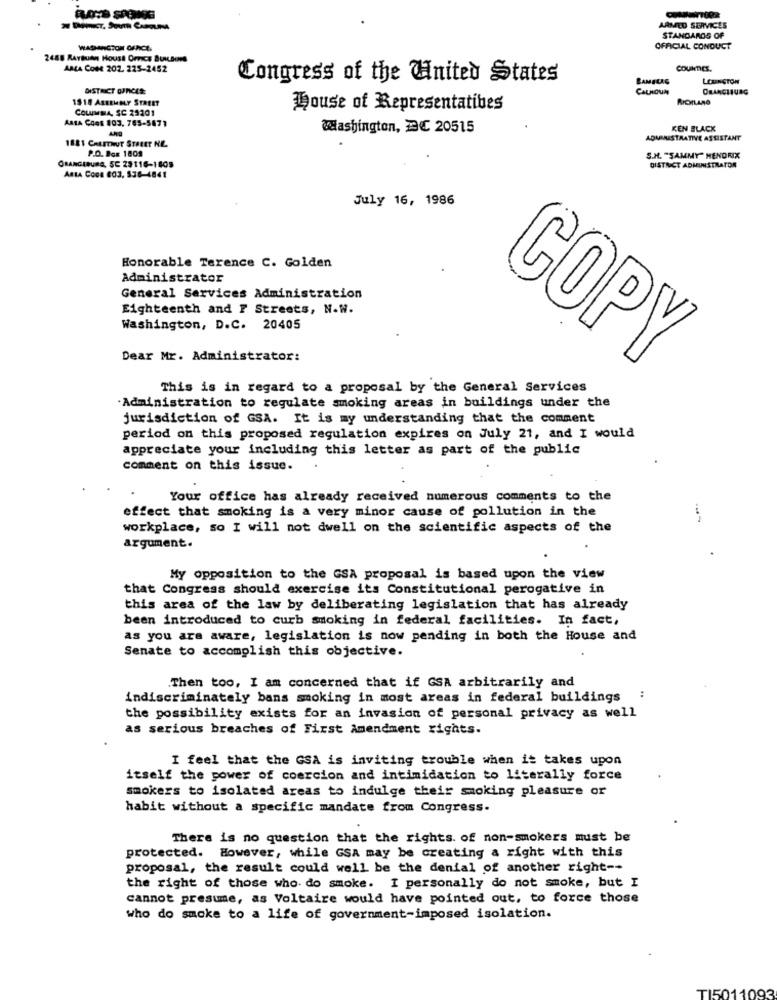
ARMED SERVICES
STANDARDS OF
WASHINGTON OFFICE,
OFFICIAL CONDUCT
2488 RAYBURN HOUSE OFFICE BUILDING
AMA CON 202. 225-2452
COUNTIES.
Congress of the United States
LEXINGTON
DISTRICT OUNCES:
CALHOUN
ORANGLIURG
1518 ASSEMBLY STREET
RICHLAND
COLUMBIA, SC 23201
House of Representatives
ARTA COGS 103, 765-5877
Washington, DC 20515
KEN BLACK
ADMINISTRATIVE ASSISTANT
1881 CAssur STREET NE
P.O. Box 1809
S.H. "SAMMY" HENDRIX
ORANGEBURA, SC 23116-1805
DISTRICT ADMINISTRATOR
ARLA COCA 803, 536-4841
July 16, 1986
Honorable Terence C. Golden
Administrator
General Services Administration
Eighteenth and I Streets, N.W.
Washington, D.C. 20405
Dear Mr. Administrator:
COPY
This is in regard to a proposal by the General Services
Administration to regulate smoking areas in buildings under the
jurisdiction of GSA. It is my understanding that the comment
period on this proposed regulation expires on July 21, and I would
appreciate your including this letter as part of the public
comment on this issue.
Your office has already received numerous comments to the
effect that smoking is a very minor cause of pollution in the
workplace, so I will not dwell on the scientific aspects of the
argument.
My opposition to the GSA proposal is based upon the view
that Congress should exercise its Constitutional perogative in
this area of the law by deliberating legislation that has already
been introduced to curb smoking in federal facilities. In fact,
as you are aware, legislation is now pending in both the House and
Senate to accomplish this objective.
.Then too, I am concerned that if GSA arbitrarily and
:
indiscriminately bans smoking in most areas in federal buildings
the possibility exists for an invasion of personal privacy as well
as serious breaches of First Amendment rights.
I feel that the GSA is inviting trouble when it takes upon
itself the power of coercion and intimidation to literally force
smokers to isolated areas to indulge their smoking pleasure or
habit without a specific mandate from Congress.
There is no question that the rights. of non-smokers must be
protected. However, while GSA may be creating a right with this
proposal, the result could well be the denial of another right --
the right of those who do smoke. I personally do not smoke, but I
cannot presume, as Voltaire would have pointed out, to force those
who do smoke to a life of government-imposed isolation.
TI5011093